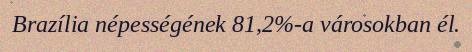
Brazília népességének 81,2%-a városokban él.